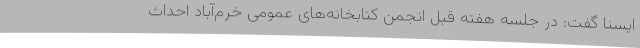
ایسنا گفت: در جلسه هفته قبل انجمن کتابخانه‌های عمومی خرم‌آباد احداث